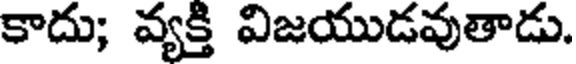
కాదు; వ్యక్తి విజయుడవుతాడు.